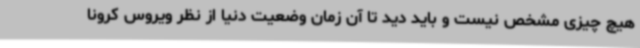
هیچ چیزی مشخص نیست و باید دید تا آن زمان وضعیت دنیا از نظر ویروس کرونا